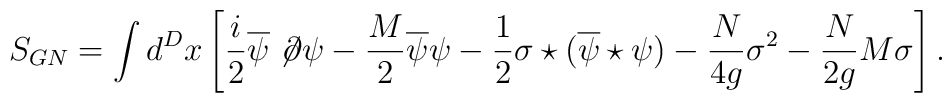
S_{GN}=\int d^Dx \left [\frac{i}2\overline \psi \not \!\partial \psi -  \frac{M}2\overline \psi \psi-\frac12\sigma \star(\overline \psi\star\psi)- \frac{N}{4g}\sigma^2- \frac{N}{2g}M\sigma\right ].